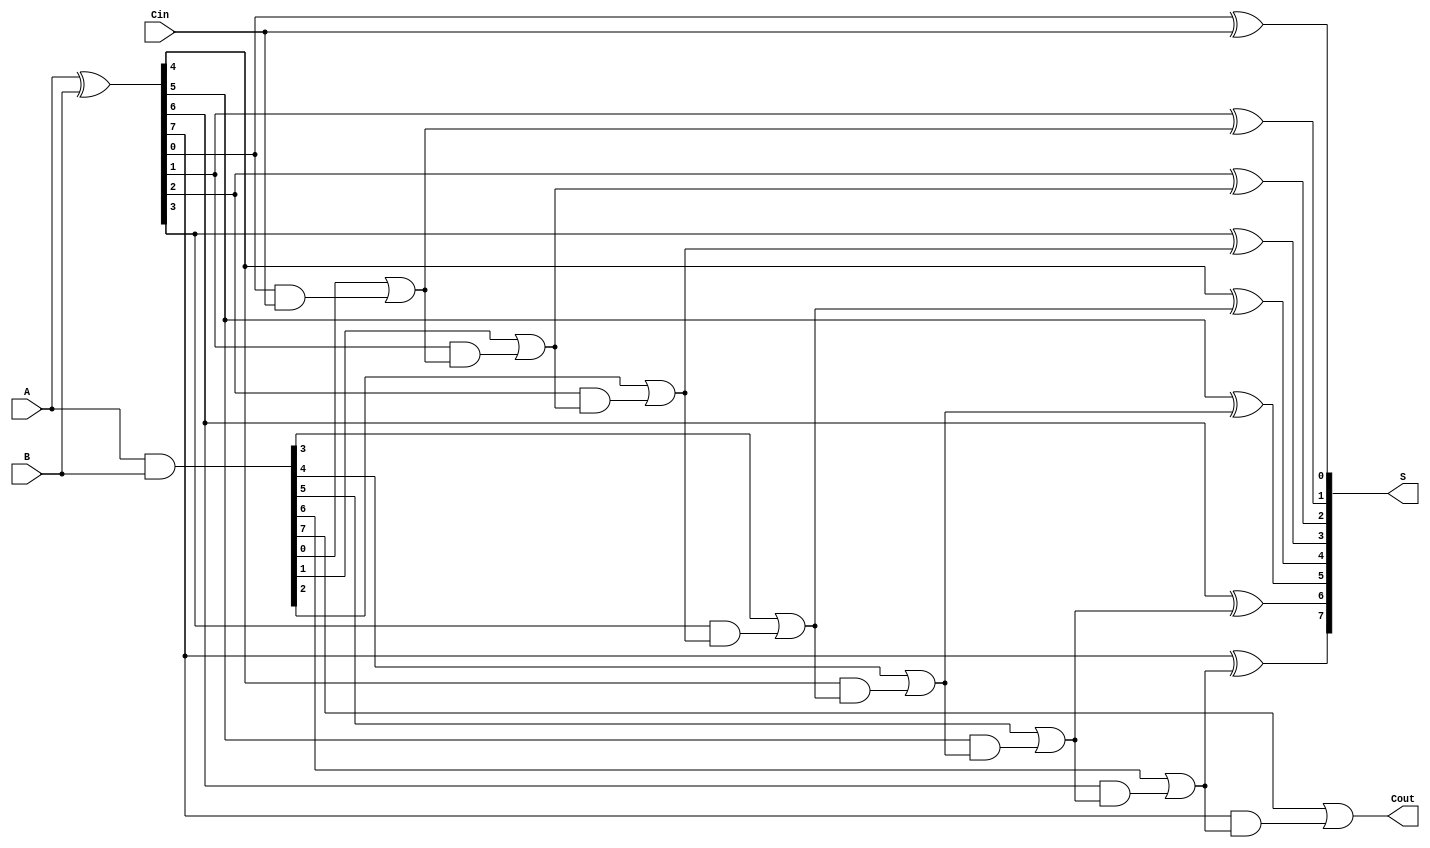
module KoggeStoneAdder #(parameter n = 8)(
    input [n-1:0] A, 
    input [n-1:0] B, 
    input Cin,
    output [n-1:0] S, 
    output Cout
);
    wire [n-1:0] G; // Generate signals
    wire [n-1:0] P; // Propagate signals
    wire [n:0] C;   // Carry signals, C[0] is Cin
    
    // Generate and Propagate
    assign G = A & B;
    assign P = A ^ B;
    
    // Initial carry input
    assign C[0] = Cin;
    
    // Stage 1: Local generates and propagates
    genvar i;
    generate
        for (i = 0; i < n; i = i + 1) begin
            assign C[i+1] = G[i] | (P[i] & C[i]);
        end
    endgenerate
    
    // Calculate sum
    generate
        for (i = 0; i < n; i = i + 1) begin
            assign S[i] = P[i] ^ C[i];
        end
    endgenerate

    // Carry-out
    assign Cout = C[n];

endmodule